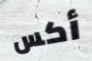
أكس